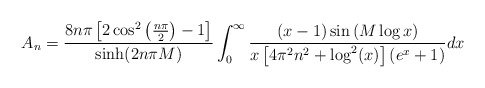
\begin{align*}\begin{aligned}A_n &=\frac{8n\pi \left[2 \cos^2\left(\frac{n\pi}{2}\right)-1\right]}{\sinh(2n\pi M)}\int_{0}^{\infty} \frac{(x-1)\sin\left(M\log x\right) }{x\left[4\pi^2n^2+\log^2(x)\right]\left(e^{x}+1\right)} dx \\\end{aligned}\end{align*}